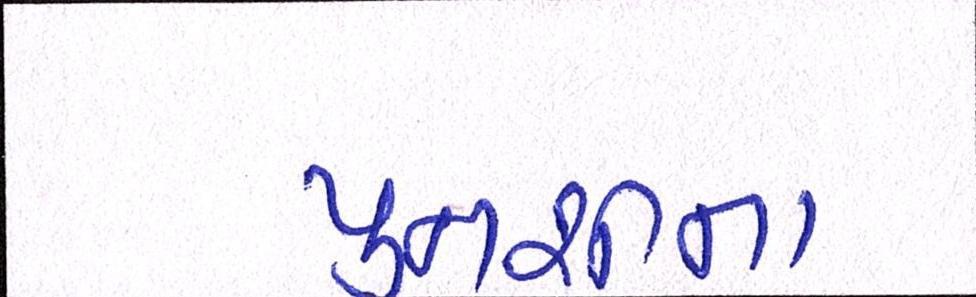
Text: પુનશીના